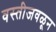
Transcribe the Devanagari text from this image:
वस्तीजवळून